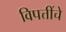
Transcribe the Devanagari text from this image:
विपत्तींचे